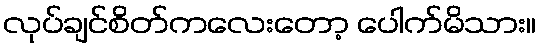
လုပ်ချင်စိတ်ကလေးတော့ ပေါက်မိသား။